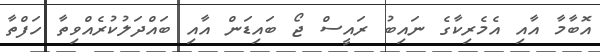
އޮބާމާ އާއި އެމެރިކާގެ ނައިބު ރައީސް ޖޯ ބައިޑަން އާއި ބައްދަލުކުރެއްވިތާ ހަފްތާ